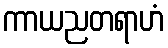
ကာယညတရာဟံ